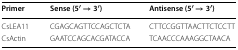
<table><thead><tr><td><b>Primer</b></td><td><b>Sense (5′ → 3′)</b></td><td><b>Antisense (5′ → 3′)</b></td></tr></thead><tbody><tr><td>CsLEA11</td><td>CGAGCAGTTCCAGCTCTA</td><td>CTTCCGGTTAACTTCTCCTT</td></tr><tr><td>CsActin</td><td>GAATCCAGCACGATACCA</td><td>TCAACCCAAAGGCTAACA</td></tr></tbody></table>